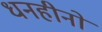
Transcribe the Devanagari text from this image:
धनहीनों